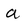
Character: a